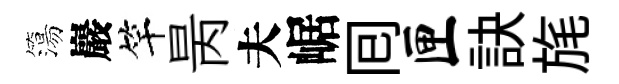
簜巖竿昺夫崌囘匣訣旄